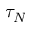
\tau _ { N }